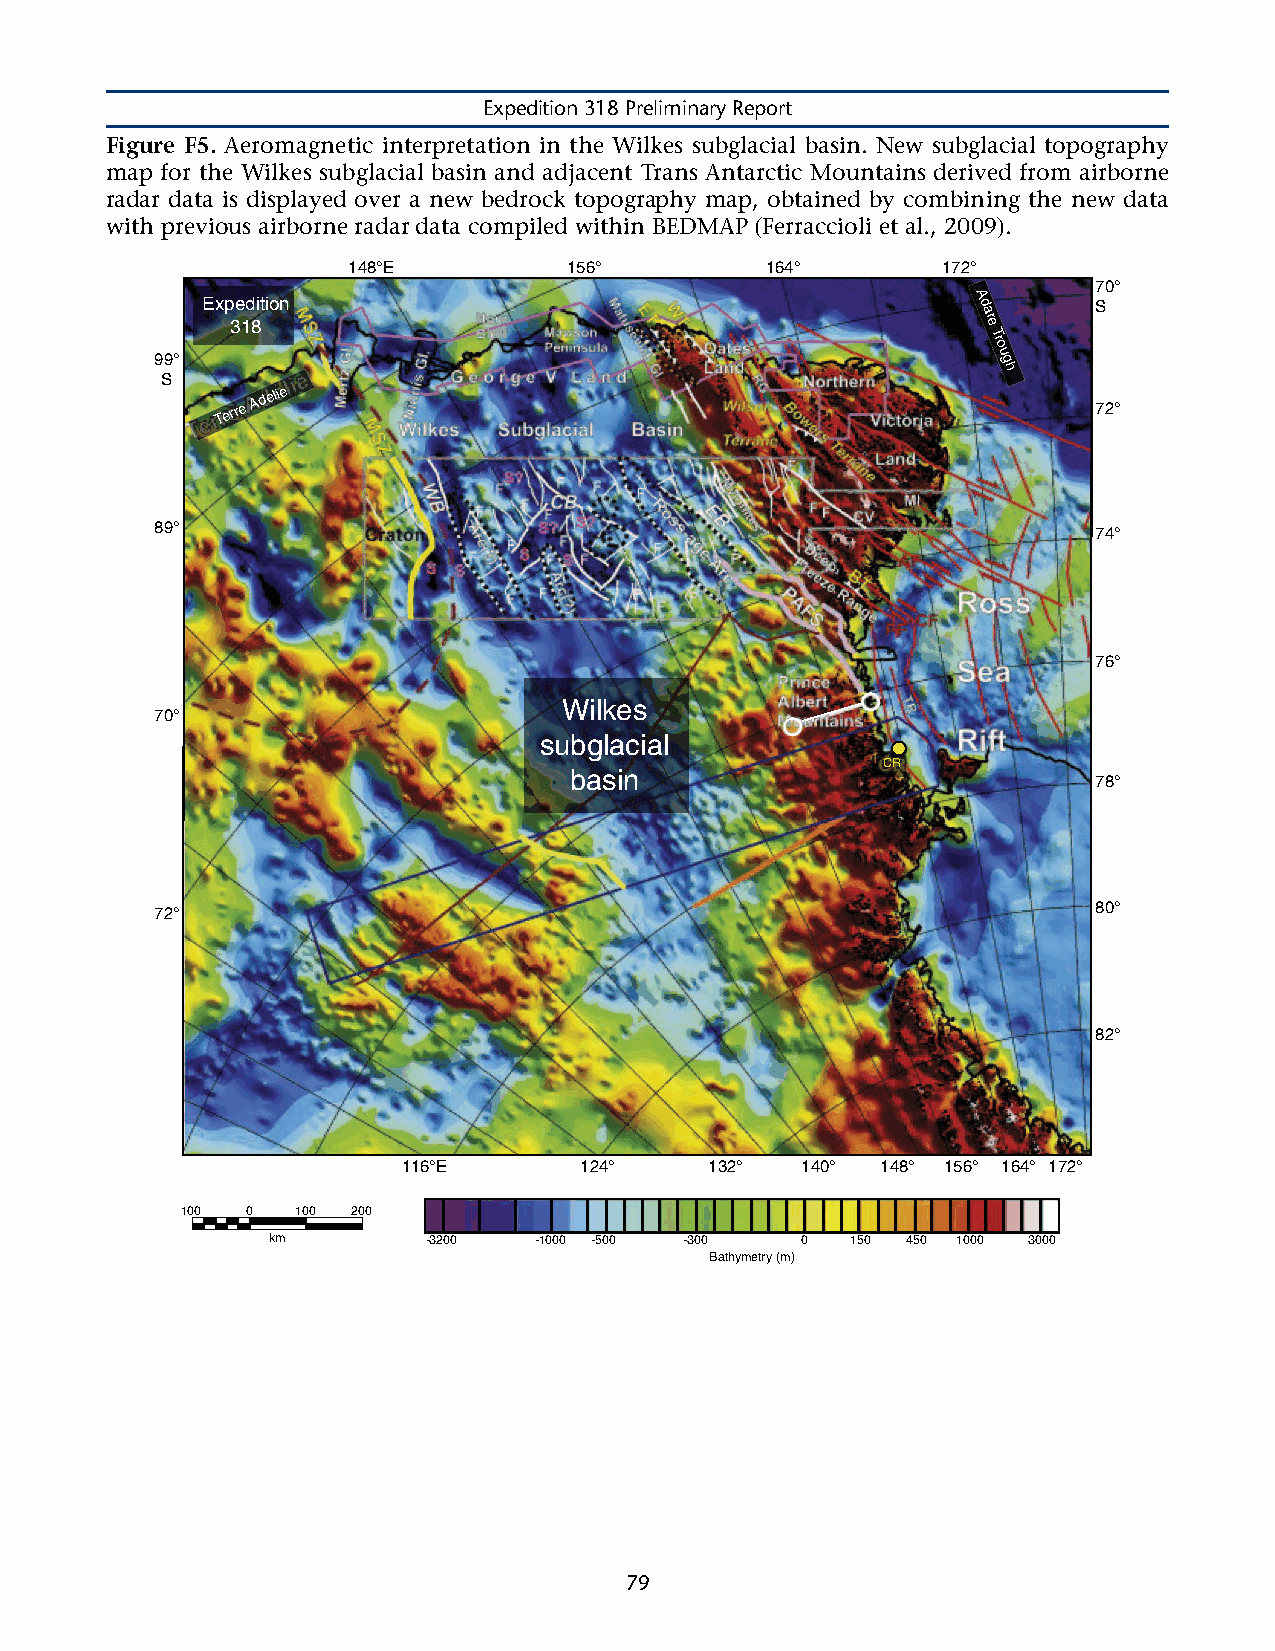
Expedition 318 Preliminary Report
 Figure F5. Aeromagnetic interpretation in the Wilkes subglacial basin. New subglacial topography
 map for the Wilkes subglacial basin and adjacent Trans Antarctic Mountains derived from airborne
 radar data is displayed over a new bedrock topography map, obtained by combining the new data
 with previous airborne radar data compiled within BEDMAP (Ferraccioli et al., 2009).
 148°E          156°         164°       172°
 70°
 Expedition                                         A d      S
 a
 318                                               re
 Tro
 99°                                                     u g
 h
 S
 Terre
 Adelie
 72°
 89°
 74°
 76°
 Wilkes
 70°
 subglacial
 CR
 basin
 78°
 72°                                                            80°
 82°
 116°E      124°     132°  140° 148° 156° 164° 172°
 100 0   100 200
 km        -3200  -1000 -500 -300   0  150 450 1000 3000
 Bathymetry (m)
 79